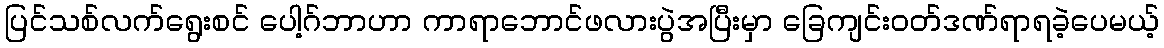
ပြင်သစ်လက်ရွေးစင် ပေါ့ဂ်ဘာဟာ ကာရာဘောင်ဖလားပွဲအပြီးမှာ ခြေကျင်းဝတ်ဒဏ်ရာရခဲ့ပေမယ့်